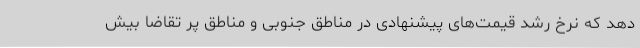
دهد که نرخ رشد قیمت‌های پیشنهادی در مناطق جنوبی و مناطق پر تقاضا بیش